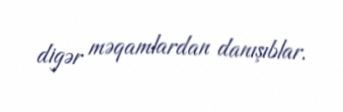
digər məqamlardan danışıblar.